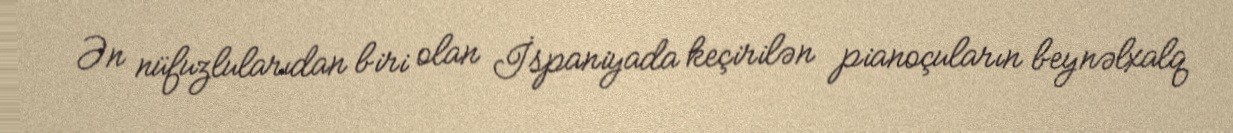
Ən nüfuzlularıdan biri olan İspaniyada keçirilən pianoçuların beynəlxalq